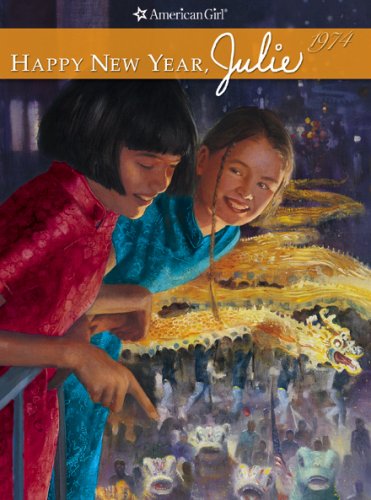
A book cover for Happy New Year, Julie: 1974 (American Girl (American Girl Publishing)); Megan McDonald; Children's Books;